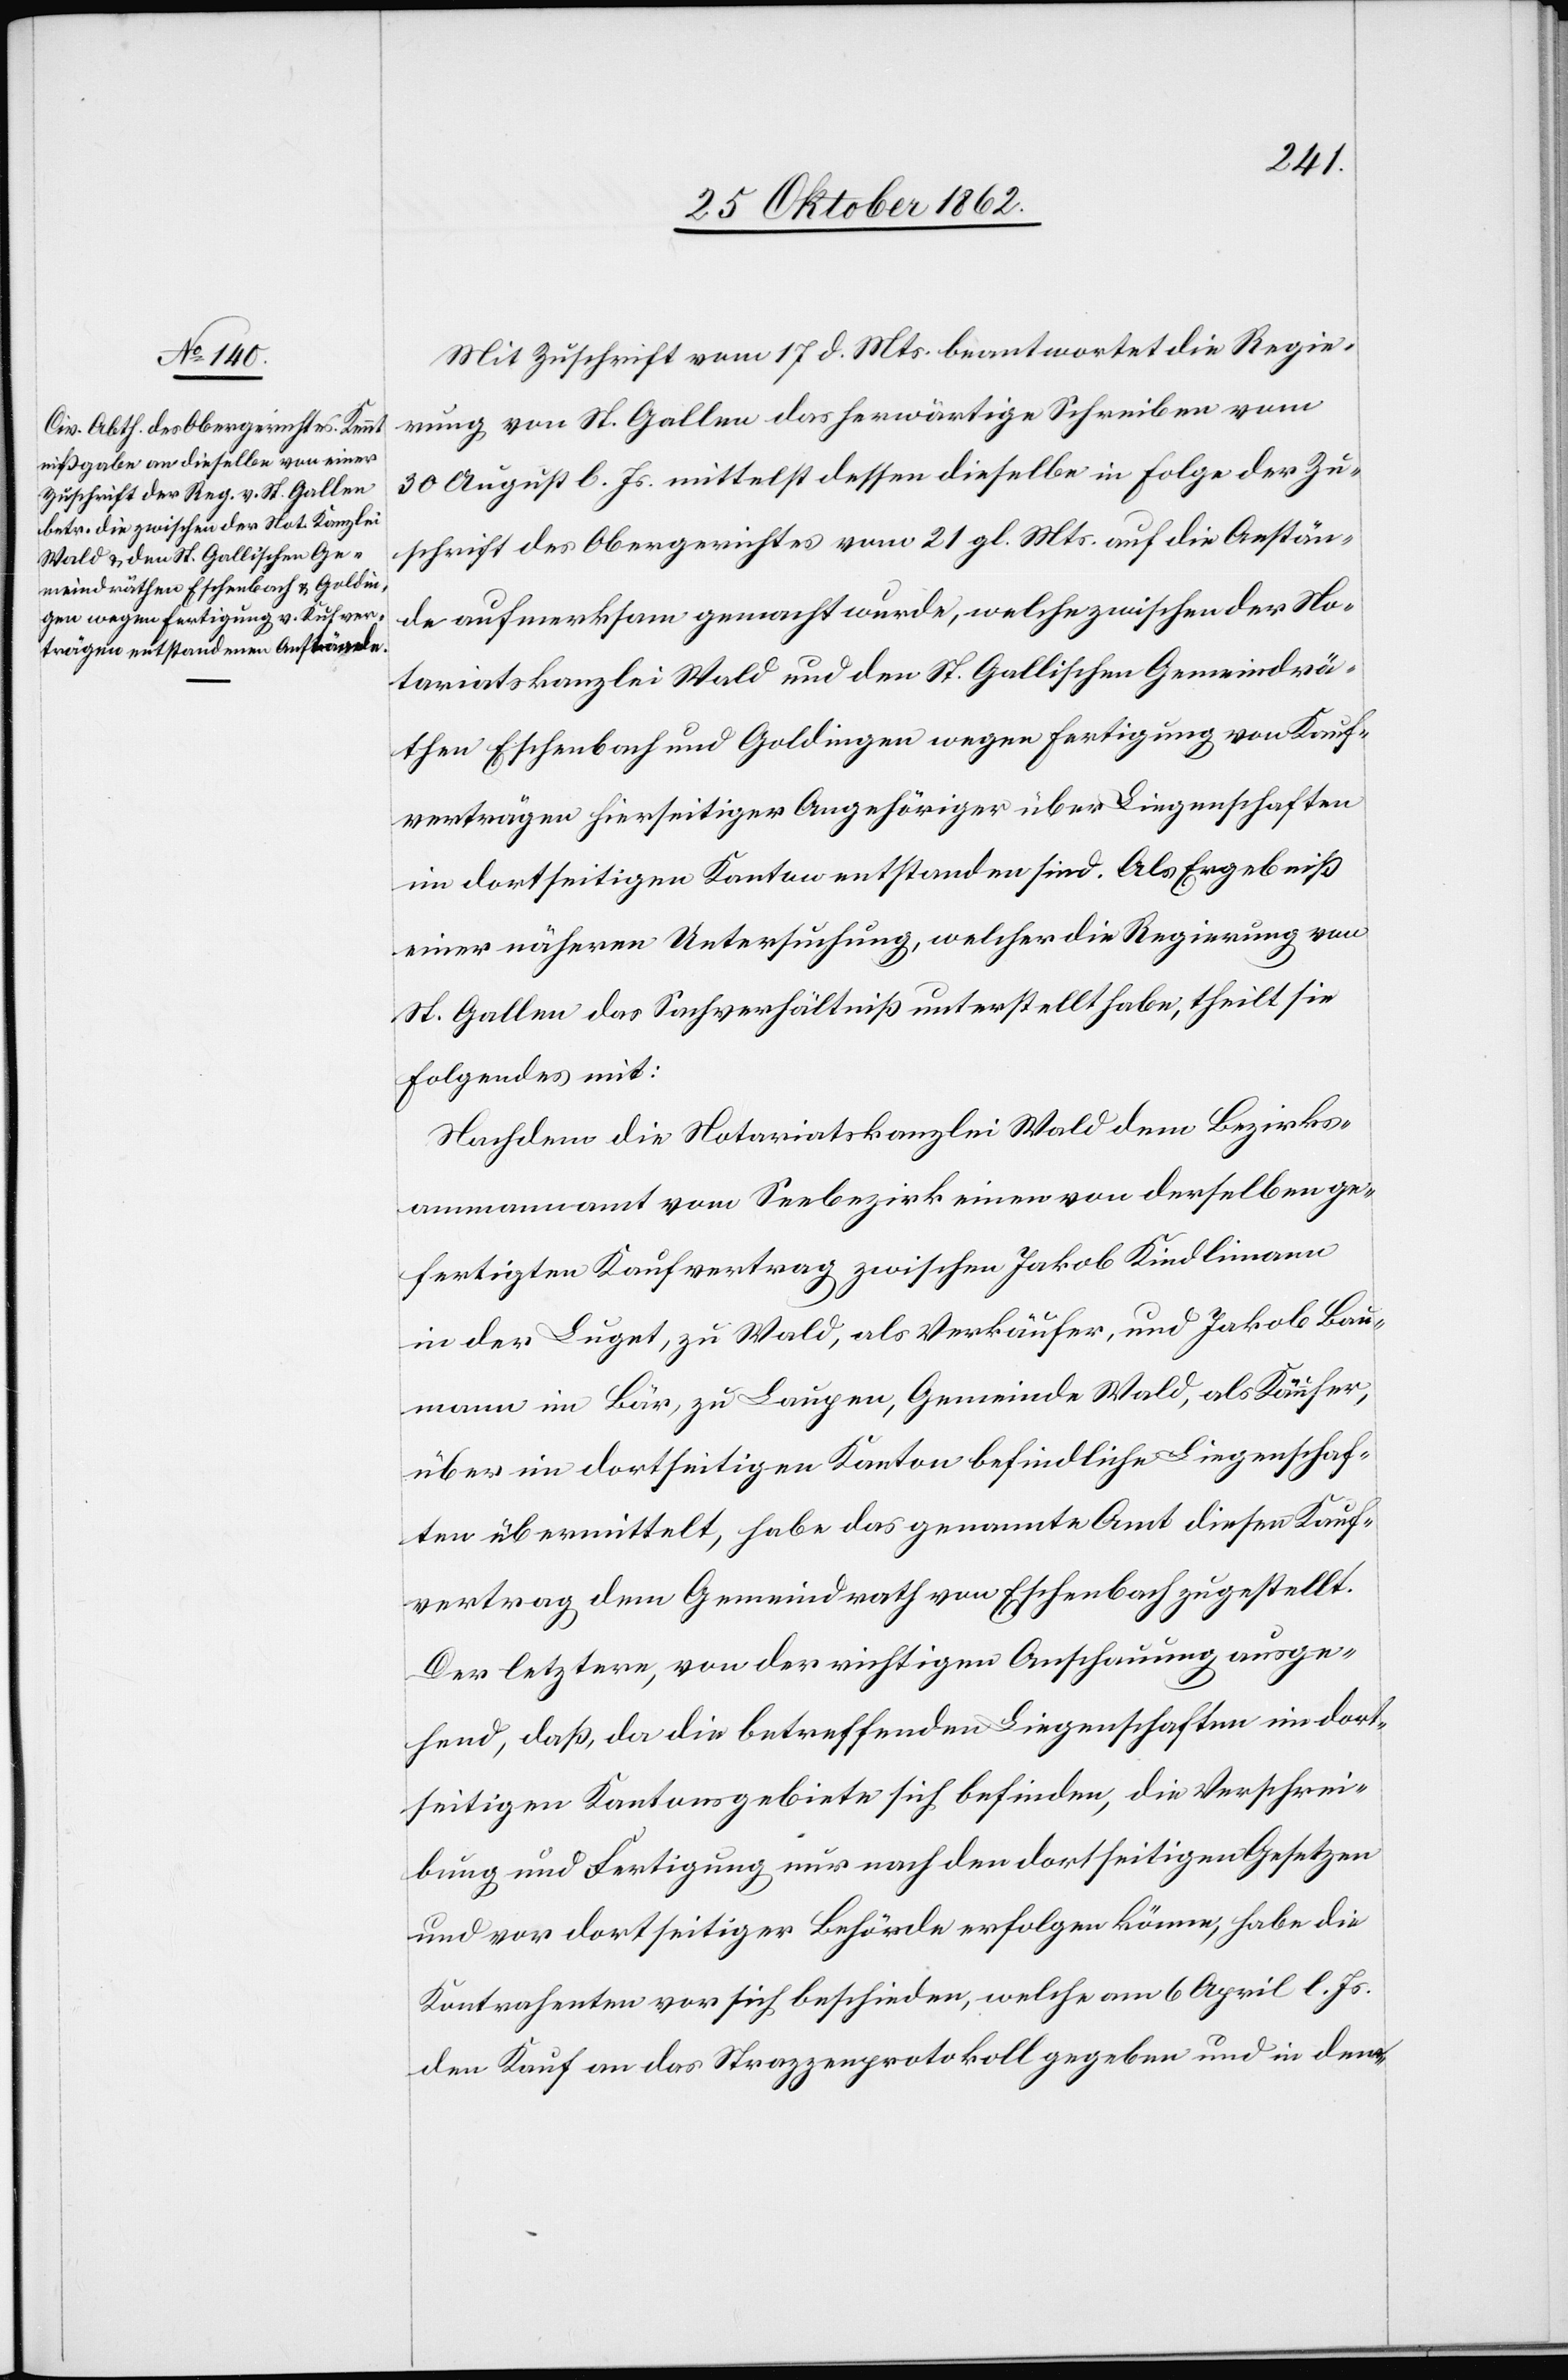
Mit Zuschrift vom 17. d. Mts. beantwortet die Regie¬
rung von St. Gallen das herwärtige Schreiben vom
30. August l. Js. mittelst dessen dieselbe in Folge der Zu¬
schrift des Obergerichtes vom 21. gl. Mts. auf die Anstän¬
de aufmerksam gemacht wurden welche zwischen der No¬
tariatskanzlei Wald und den St. Gallischen Gemeindrä¬
then Eschenbach und Goldingen wegen Fertigung von Kauf¬
verträgen hierseitiger Angehöriger über Liegenschaften
im dortseitigen Kanton entstanden sind. Als Ergebniß
einer näheren Untersuchung, welcher die Regierung von
St. Gallen das Sachverhältniß unterstellt habe, theilt sie
Folgendes mit:
Nachdem die Notariatskanzlei Wald dem Bezirks¬
ammannamt vom Seebezirk einen von derselben ge¬
fertigten Kaufvertrag zwischen Jakob Kindlimann
in der Luget, zu Wald, als Verkäufer, und Jakob Bau¬
mann im Bär, zu Laupen, Gemeinde Wald, als Käufer,
über im dortseitigen Kanton befindliche Liegenschaf¬
ten übermittelt, habe das genannte Amt diesen Kauf¬
vertrag dem Gemeindrath von Eschenbach zugestellt.
Der letztere, von der richtigen Anschauung ausge¬
hend, daß, da die betreffenden Liegenschaften im dort¬
seitigen Kantonsgebiete sich befinden, die Verschrei¬
bung und Fertigung nur nach den dortseitigen Gesetzen
und vor dortseitiger Behörde erfolgen könne, habe die
Kantrahenten vor sich beschieden, welche am 6. April l. Js.
den Kauf an das Strazzenprotokoll gegeben und in dem